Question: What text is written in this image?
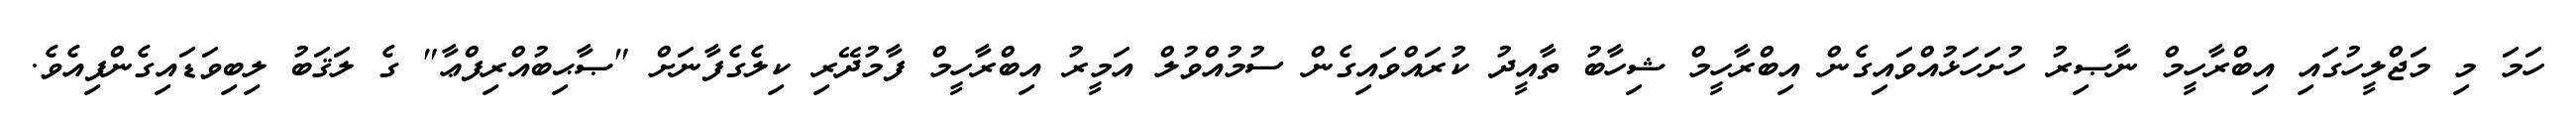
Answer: ހަމަ މި މަޖްލީހުގައި އިބްރާހީމް ނާޞިރު ހުށަހަޅުއްވައިގެން އިބްރާހީމް ޝިހާބު ތާއީދު ކުރައްވައިގެން ސުމުއްވުލް އަމީރު އިބްރާހީމް ފާމުދޭރި ކިލެގެފާނަށް "ޞާޙިބުއްރިފްޢާ" ގެ ލަޤަބު ލިބިވަޑައިގެންފިއެވެ.